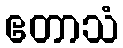
ဧတာသံ